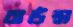
বাউন্স